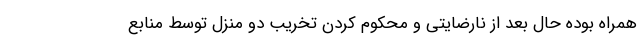
همراه بوده حال بعد از نارضایتی و محکوم کردن تخریب دو منزل توسط منابع